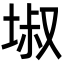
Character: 埱